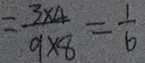
= \frac { 3 \times 4 } { 9 \times 8 } = \frac { 1 } { 6 }